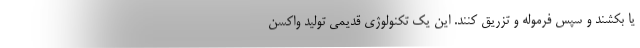
یا بکشند و سپس فرموله و تزریق کنند. این یک تکنولوژی قدیمی تولید واکسن